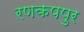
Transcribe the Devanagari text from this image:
रणकपपुर